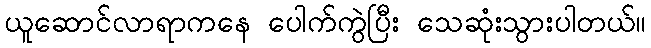
ယူဆောင်လာရာကနေ ပေါက်ကွဲပြီး သေဆုံးသွားပါတယ်။